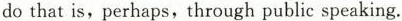
do that is,perhaps,through public speaking.